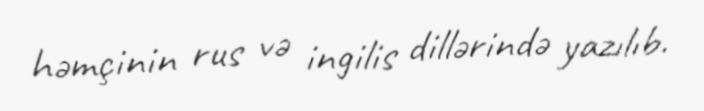
həmçinin rus və ingilis dillərində yazılıb.